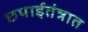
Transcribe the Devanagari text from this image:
छपाईतंत्रात